Civil Veterinary Dept. North-West Frontier Province 1933-46 - 1933-1946
Year: 1933
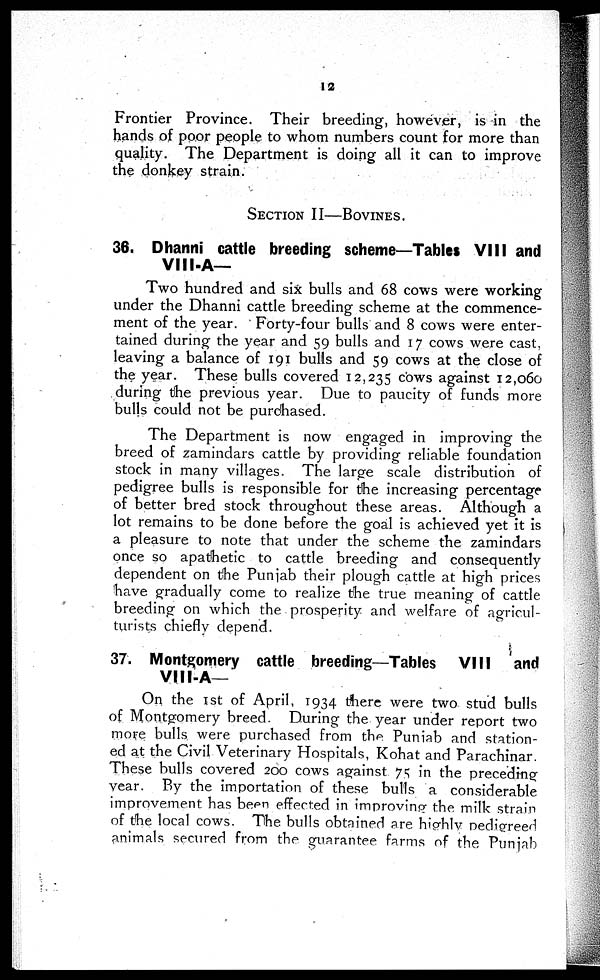
12
Frontier Province. Their breeding, however, is in the
hands of poor people to whom numbers count for more than
quality. The Department is doing all it can to improve
the donkey strain.
SECTION II—BOVINES.
36. Dhanni cattle breeding scheme—Tables VIII and
Vlll-A—
Two hundred and six bulls and 68 cows were working
under the Dhanni cattle breeding scheme at the commence-
ment of the year. Forty-four bulls and 8 cows were enter-
tained during the year and 59 bulls and 17 cows were cast,
leaving a balance of 191 bulls and 59 cows at the close of
the year. These bulls covered 12,235 cows against 12,060
during the previous year. Due to paucity of funds more
bulls could not be purchased.
The Department is now engaged in improving the
breed of zamindars cattle by providing reliable foundation
stock in many villages. The large scale distribution of
pedigree bulls is responsible for the increasing percentage
of better bred stock throughout these areas. Although a
lot remains to be done before the goal is achieved yet it is
a pleasure to note that under the scheme the zamindars
once so apathetic to cattle breeding and consequently
dependent on the Punjab their plough cattle at high prices
have gradually come to realize the true meaning of cattle
breeding on which the prosperity and welfare of agricul-
turists chiefly depend.
37. Montgomery cattle breeding—Tables
VIII
and
VIII-A—
On the 1st of April, 1934 there were two stud bulls
of Montgomery breed. During the year under report two
more bulls were purchased from the Punjab and station-
ed at the Civil Veterinary Hospitals, Kohat and Parachinar.
These bulls covered 200 cows against 75 in the preceding
year. By the importation of these bulls a considerable
improvement has been effected in improving the milk strain
of the local cows. The bulls obtained are highly pedigreed
animals secured from the guarantee farms of the Punjab